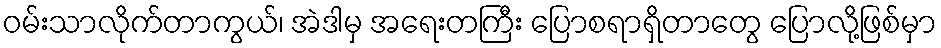
ဝမ်းသာလိုက်တာကွယ်၊ အဲဒါမှ အရေးတကြီး ပြောစရာရှိတာတွေ ပြောလို့ဖြစ်မှာ